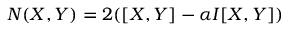
N ( X , Y ) = 2 ( [ X , Y ] - \alpha I [ X , Y ] )